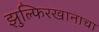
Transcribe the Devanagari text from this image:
झुल्फिरखानाचा